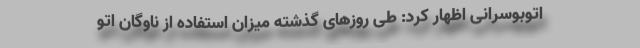
اتوبوسرانی اظهار کرد: طی روزهای گذشته میزان استفاده از ناوگان اتو